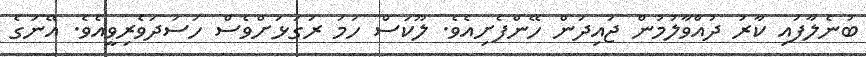
ބުނެލާފައި ކާރު ދުއްވާލުމުން ޖައިދަން ހޭންފެށިއެވެ. ލޫކަސް ހަމަ ރަގަޅަށްވެސް ހަސަދަވެރިވީއެވެ. އޭނަގެ